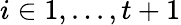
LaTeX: i\in{1,...,t+1}